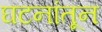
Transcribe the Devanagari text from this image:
घटनांतून